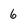
Character: 6